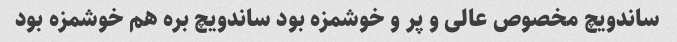
ساندویچ مخصوص عالی و پر و خوشمزه بود ساندویچ بره هم خوشمزه بود